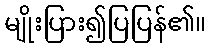
မျိုးပြား၍ပြပြန်၏။